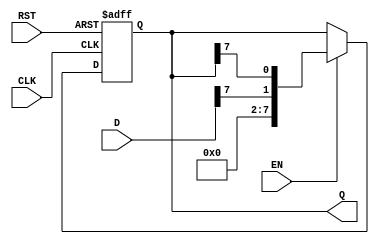
module ShiftRegister #(
    parameter N = 8  // Define the size of the shift register (number of bits)
) (
    input wire [N-1:0] D,     // Input data
    input wire CLK,           // Clock signal
    input wire RST,           // Asynchronous reset signal
    input wire EN,            // Enable signal for shifting
    output reg [N-1:0] Q      // Output data
);

// Always block triggered on the rising edge of CLK or RST
always @(posedge CLK or posedge RST) begin
    if (RST) begin
        // Clear the register on reset
        Q <= 0;
    end else if (EN) begin
        // Shift operation: right shift
        Q <= {D[N-1], Q[N-1:N-1]};  // Shift right and load new data into LSB
    end
end

endmodule